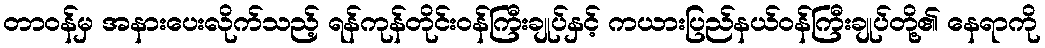
တာဝန်မှ အနားပေးလိုက်သည့် ရန်ကုန်တိုင်းဝန်ကြီးချုပ်နှင့် ကယားပြည်နယ်ဝန်ကြီးချုပ်တို့၏ နေရာကို